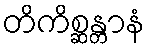
တိကိစ္ဆန္တာနံ